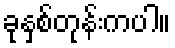
ခုနှစ်တုန်းကပါ။